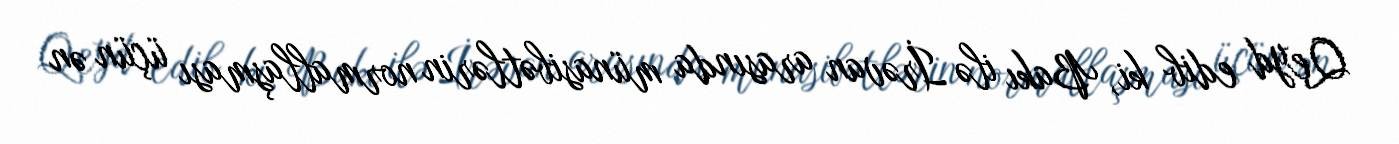
Qeyd edib ki, Bakı ilə İrəvan arasında münasibətlərin normallaşması üçün ən